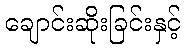
ချောင်းဆိုးခြင်းနှင့်